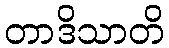
တာဒိသာတိ